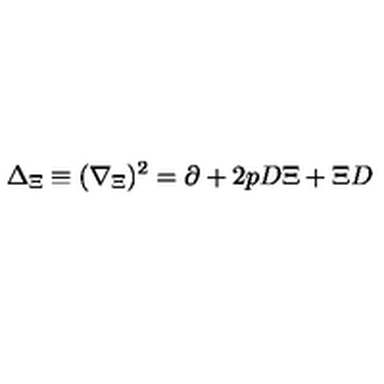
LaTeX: \Delta _ { \Xi } \equiv ( \nabla _ { \Xi } ) ^ { 2 } = \partial + 2 p D \Xi + \Xi D